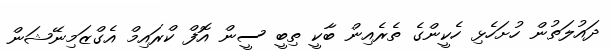
ދައުލަތުން ހުށަހެޅި ހެކީންގެ ތެރެއިން ބާކީ ތިބީ ސީން އޮފް ކްރައިމް އެގްޒަމިނޭޝަން